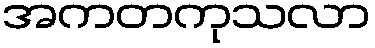
အကတကုသလာ